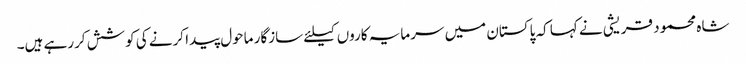
شاہ محمود قریشی نے کہا کہ پاکستان میں سرمایہ کاروں کیلئے سازگار ماحول پیدا کرنے کی کوشش کررہے ہیں۔